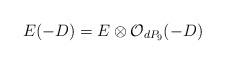
LaTeX: \begin{align*}E(-D)=E \otimes {\cal O}_{dP_9} (-D)\end{align*}